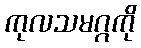
ကုလသမဂ္ဂကို